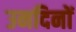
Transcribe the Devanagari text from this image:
उनदिनों